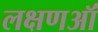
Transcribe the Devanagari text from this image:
लक्षणऑं